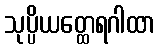
သုပ္ပိယတ္ထေရဂါထာ